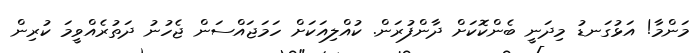
މަންމާ! އަޅުގަނޑު މިދަނީ ބެންކޮކަށް ދާންފުރަން. ކުއްލިއަކަށް ހަމަޖައްސަން ޖެހުނު ދަތުރެއްވީމަ ކުރިން